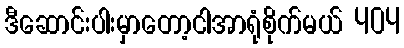
ဒီဆောင်းပါးမှာတော့ငါအာရုံစိုက်မယ် 404